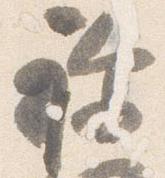
祢